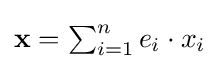
{\textstyle \mathbf {x} =\sum _{i=1}^{n}e_{i}\cdot x_{i}}